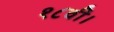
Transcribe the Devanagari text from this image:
१८वीं।